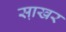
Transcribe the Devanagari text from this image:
सा़खर